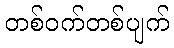
တစ်ဝက်တစ်ပျက်